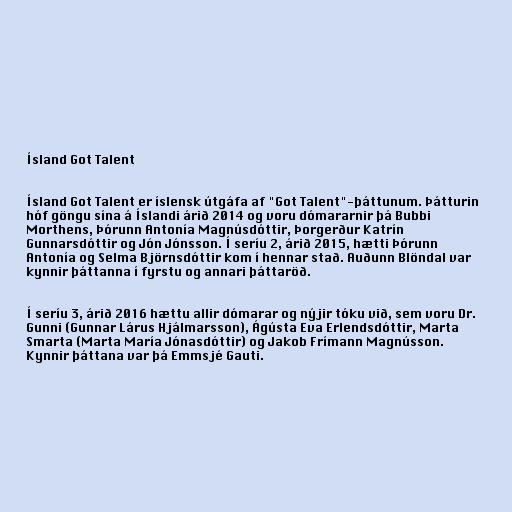
Ísland Got Talent

Ísland Got Talent er íslensk útgáfa af "Got Talent"-þáttunum. Þátturin
hóf göngu sína á Íslandi árið 2014 og voru dómararnir þá Bubbi
Morthens, Þórunn Antonía Magnúsdóttir, Þorgerður Katrín
Gunnarsdóttir og Jón Jónsson. Í seríu 2, árið 2015, hætti Þórunn
Antonía og Selma Björnsdóttir kom í hennar stað. Auðunn Blöndal var
kynnir þáttanna í fyrstu og annari þáttaröð.

Í seríu 3, árið 2016 hættu allir dómarar og nýjir tóku við, sem voru Dr.
Gunni (Gunnar Lárus Hjálmarsson), Ágústa Eva Erlendsdóttir, Marta
Smarta (Marta María Jónasdóttir) og Jakob Frímann Magnússon.
Kynnir þáttana var þá Emmsjé Gauti.